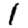
Digit: 1